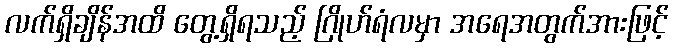
လက်ရှိချိန်အထိ တွေ့ရှိရသည့် ဂြိုဟ်ရံလမှာ အရေအတွက်အားဖြင့်